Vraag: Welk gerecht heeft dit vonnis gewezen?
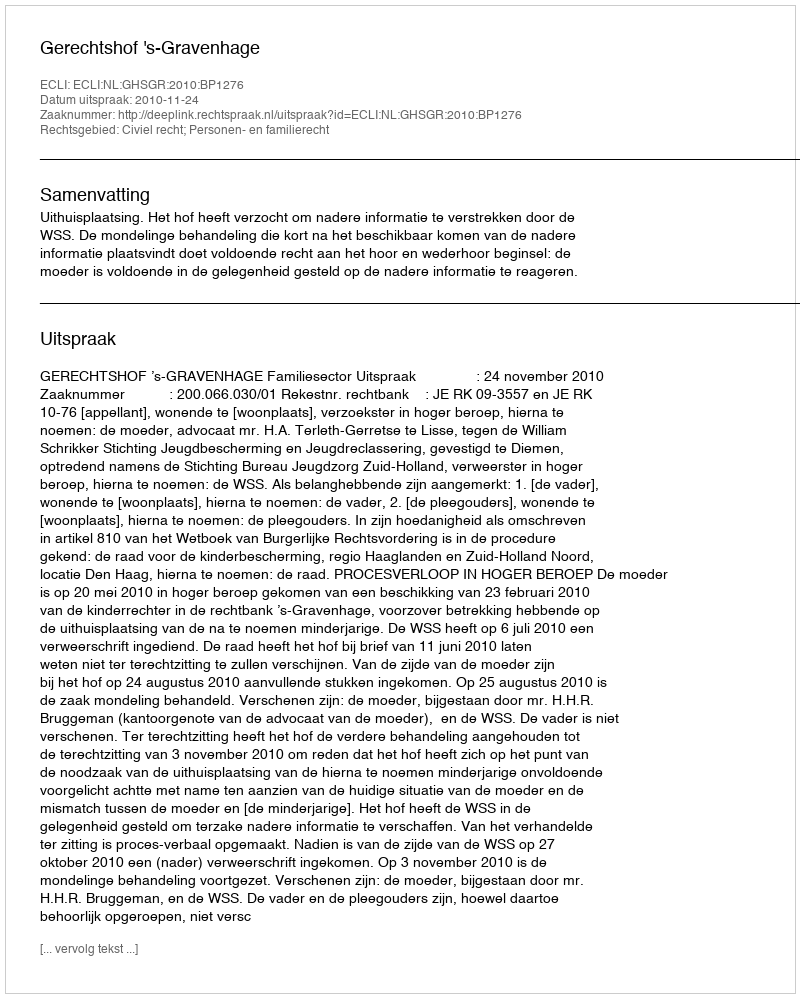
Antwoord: Gerechtshof 's-Gravenhage